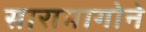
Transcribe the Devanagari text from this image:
सारामागोने